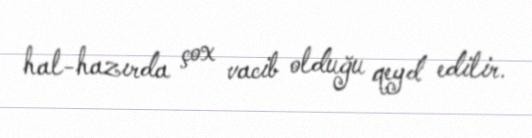
hal-hazırda çox vacib olduğu qeyd edilir.